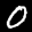
Label: 0